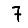
Digit: 7